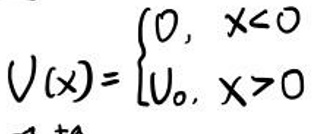
V(x)=\begin{cases}
0, & x<0 \\
V_0, & x>0
\end{cases}